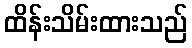
ထိန်းသိမ်းထားသည်